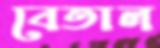
বেতাল